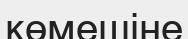
көмешіне